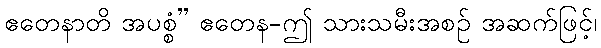
ဧတေနာတိ အပစ္စံ” ဧတေန-ဤ သားသမီးအစဉ် အဆက်ဖြင့်၊